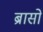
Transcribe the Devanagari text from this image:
ब्रासो